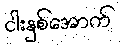
ငါးနှစ်အောက်